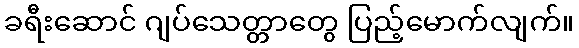
ခရီးဆောင် ဂျပ်သေတ္တာတွေ ပြည့်မောက်လျက်။